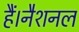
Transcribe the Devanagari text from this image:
हैं।नैशनल